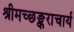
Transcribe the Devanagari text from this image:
श्रीमच्छङ्कराचार्य